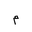
Letter: _mim